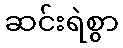
ဆင်းရဲစွာ